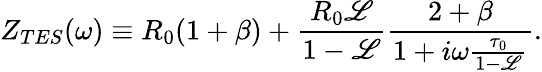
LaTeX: Z_{TES}(\omega)\equiv R_{0}(1+\beta)+\frac{R_{0}\mathscr{L}}{1-\mathscr{L}}\frac{2+\beta}{1+i\omega\frac{\tau_{0}}{1-\mathscr{L}}}.